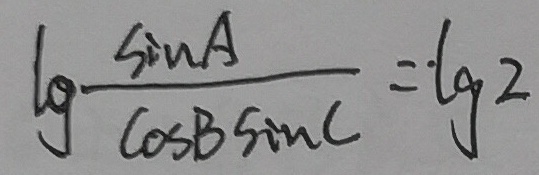
\lg \frac { \sin A } { \cos B \sin C } = \lg 2